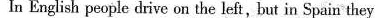
In English people drive on the left,but in Spain they